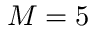
M = 5